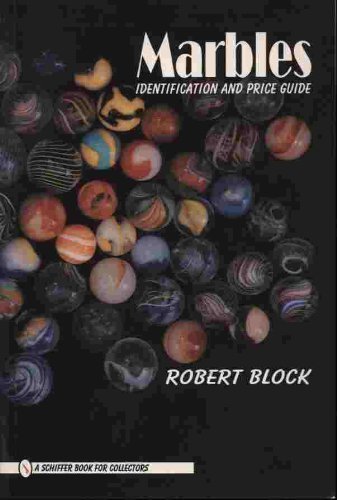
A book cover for Marbles: Identification and Price Guide (Schiffer Book for Collectors) by Block, Robert (1996) Paperback; Robert Block; Crafts, Hobbies & Home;